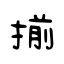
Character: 揃